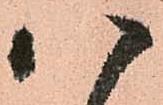
八